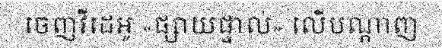
ចេញវីដេអូ «ផ្សាយផ្ទាល់» លើបណ្តាញ